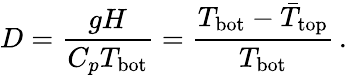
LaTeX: D=\frac{gH}{C_{p}T_{\mathrm{bot}}}=\frac{T_{\mathrm{bot}}-\bar{T}_{\mathrm{top}}}{T_{\mathrm{bot}}}\, .